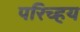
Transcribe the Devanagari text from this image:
परिच्हय